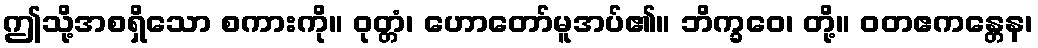
ဤသို့အစရှိသော စကားကို။ ဝုတ္တံ၊ ဟောတော်မူအပ်၏။ ဘိက္ခဝေ၊ တို့။ ဝတဧကန္တေန၊